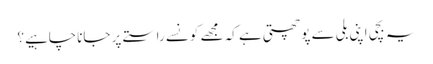
یہ بچی اپنی بلی سے پوچھتی ہے کہ مجھے کونسے راستے پر جاناچاہیے؟